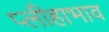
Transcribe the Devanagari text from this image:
प्लीहाभाव